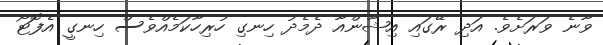
ވާނެ ވަރަށެވެ. އަދި ރޭގައި އިޝާންއާ ދެމެދު ހިނގި ހުރިހާކަމެއްވެސް ހިނގީ އެފޮޓޯ